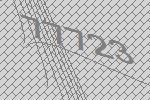
77723